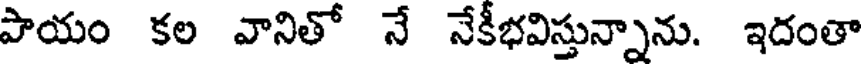
పాయం కల వానితో నే నేకీభవిస్తున్నాను. ఇదంతా